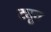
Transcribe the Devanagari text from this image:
ट्यूव